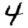
Digit: 4